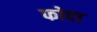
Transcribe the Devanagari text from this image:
फोदा